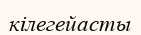
кілегейасты